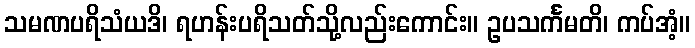
သမဏပရိသံယဒိ၊ ရဟန်းပရိသတ်သို့လည်းကောင်း။ ဥပသင်္ကမတိ၊ ကပ်အံ့။